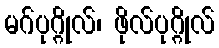
မဂ်ပုဂ္ဂိုလ်၊ ဖိုလ်ပုဂ္ဂိုလ်